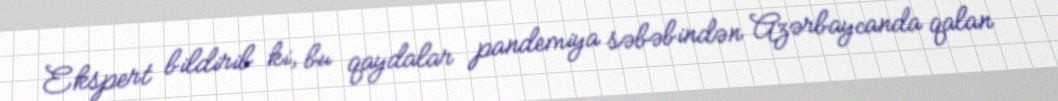
Ekspert bildirib ki, bu qaydalar pandemiya səbəbindən Azərbaycanda qalan